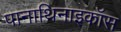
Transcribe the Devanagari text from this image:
पानाथिनाइकॉस